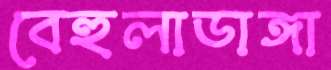
বেহুলাডাঙ্গা